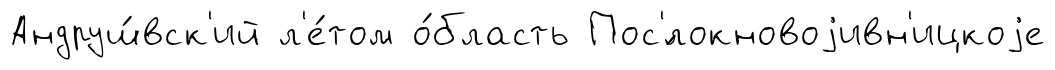
Андруш́вск'ий л'е́том о́бласть Пос'́локновоjивн'ицкоjе